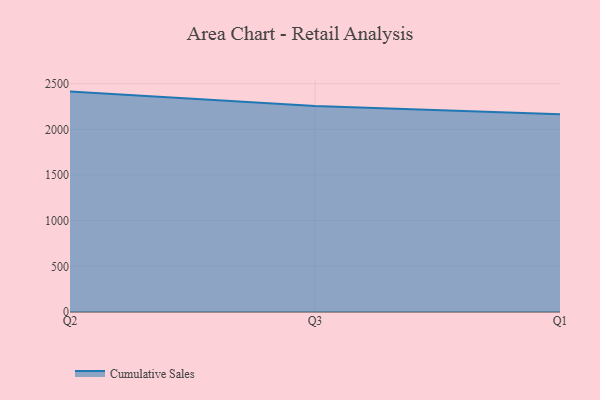
{"axis": {"x": "Quarter", "y": "Temperature (°C)"}, "legend": ["Cumulative Sales"], "data": [{"x": "Q2", "y": 2412.8, "type": "Cumulative Sales"}, {"x": "Q3", "y": 2254.8, "type": "Cumulative Sales"}, {"x": "Q1", "y": 2163.9, "type": "Cumulative Sales"}]}